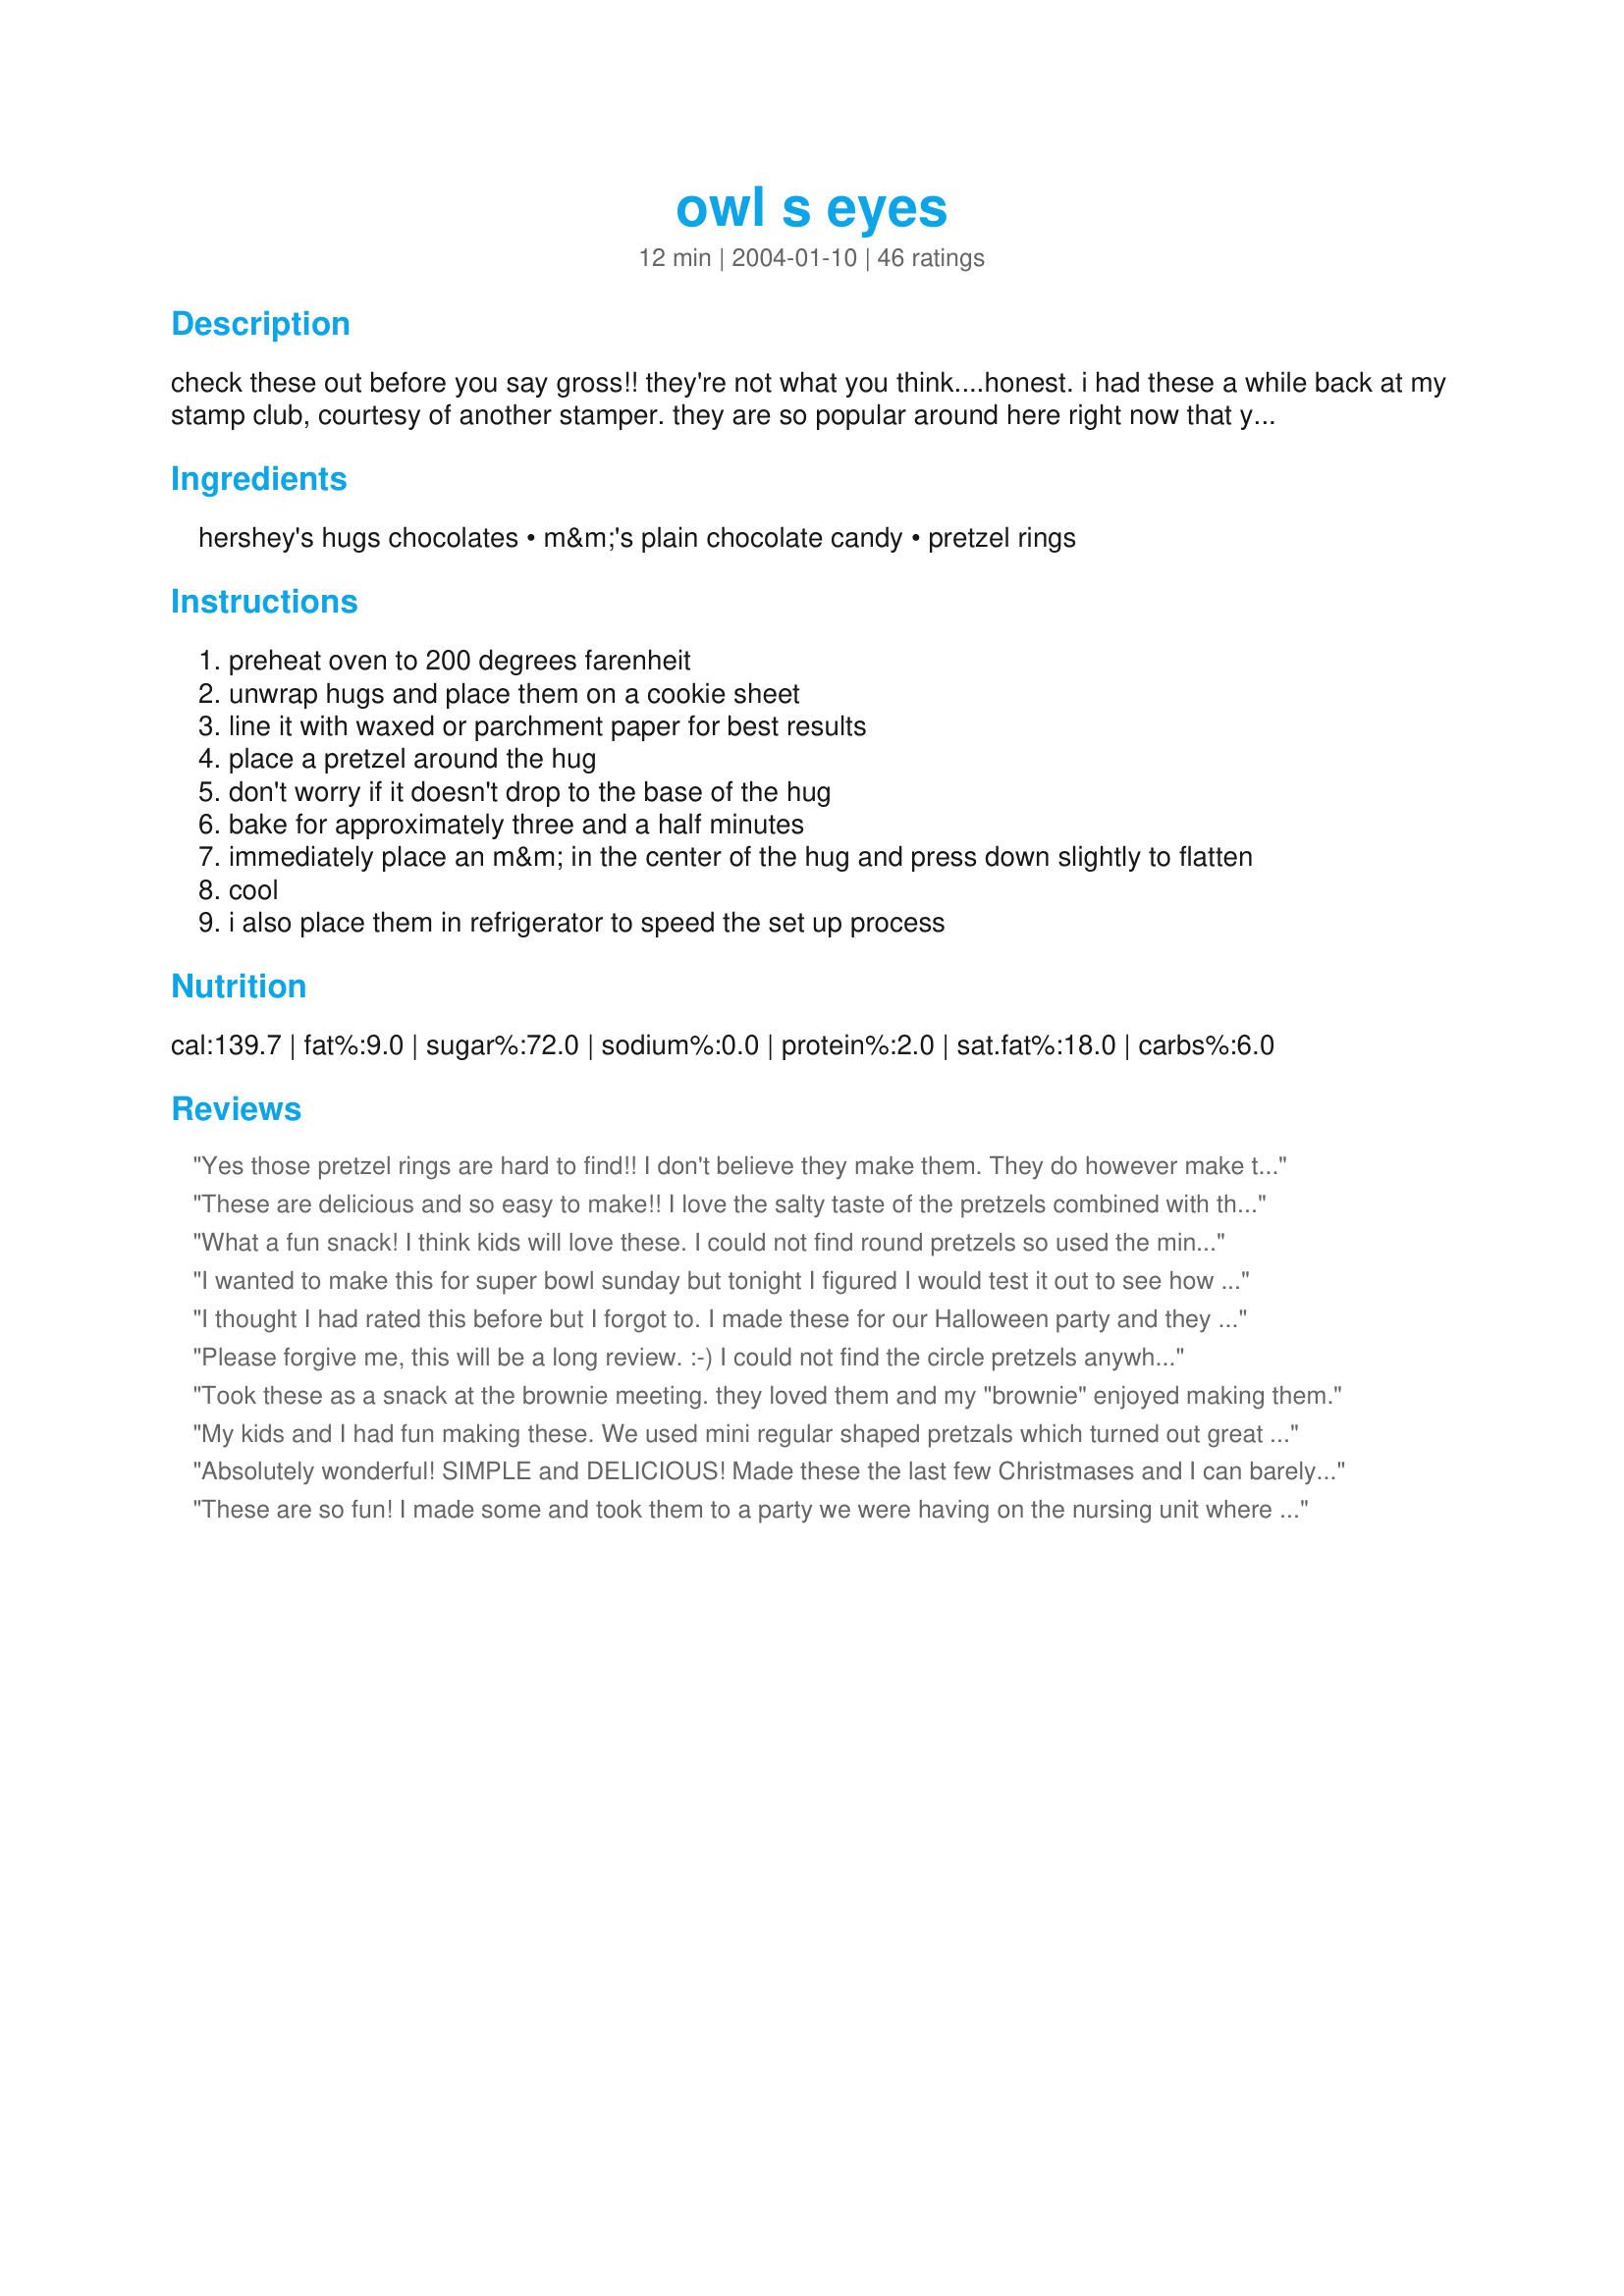
owl s eyes
Preparation time: 12 minutes

check these out before you say gross!! they're not what you think....honest. i had these a while back at my stamp club, courtesy of another stamper. they are so popular around here right now that you can't find the pretzel rings or hugs just anywhere. hope you'll try them too! they're so simple, i'm kinda ashamed to call it a recipe.........

zwt midatlantic for the chocolate

Ingredients:
hershey's hugs chocolates, m&m's plain chocolate candy, pretzel rings

Steps:
preheat oven to 200 degrees farenheit
unwrap hugs and place them on a cookie sheet
line it with waxed or parchment paper for best results
place a pretzel around the hug
don't worry if it doesn't drop to the base of the hug
bake for approximately three and a half minutes
immediately place an m&m in the center of the hug and press down slightly to flatten
cool
i also place them in refrigerator to speed the set up process

Reviews:
Yes those pretzel rings are hard to find!! I don't believe they make them. They do however make them in the traditional chex mix. I had to hand pick each ring out of the bag, but at least I have them! I will be making these for my halloween party and instead of m&m's I will be using reeces pieces!
These are delicious and so easy to make!! I love the salty taste of the pretzels combined with the sweet taste of the hugs :)
What a fun snack! I think kids will love these. I could not find round pretzels so used the minis. Since they have 3 holes, I placed 3 hugs in a triangular shape and the pretzel fit over them just right. I also made some with regular Hershey kisses. These were just great! Thanks for a wonderful idea.
I wanted to make this for super bowl sunday but tonight I figured I would test it out to see how I could make it work since I couldn't find the rings. I used the mini ones. They are so YUMMY!! Can't wait to get them ready on Sunday! Thank you so much!!
I thought I had rated this before but I forgot to. I made these for our Halloween party and they were a big hit, and we've made them ever since for a quick snack. I also had to rummage through the Chex Mix because I couldn't find round pretzel rings.
Thank you for the recipe :-) Total KEEPER!!
Please forgive me, this will be a long review. :-) 
I could not find the circle pretzels anywhere - so I got regular pretzels - which were a little too big. So, when I made the eyes, I put white chocolate chips in a circle, placed the kiss on top and then put the pretzel on top of that. When the white chocolate melted it acted like a glue and stuck the kiss and the pretzel together. After pressing the M&M on, my hubby swears that they looked like...um...a well endowed woman. 
Despite all this, the taste was fantastic. Thank you for the recipe - we all enjoyed it. :-)
Took these as a snack at the brownie meeting. they loved them and my "brownie" enjoyed making them.
My kids and I had fun making these. We used mini regular shaped pretzals which turned out great for Valentine's day. Chocolate filled hearts with red m&m's. A great treat for them and their schoolmates.
Absolutely wonderful! SIMPLE and DELICIOUS! Made these the last few Christmases and I can barely get them to their destinations . . . between the kids DH and my own hands heading for my mouth . . . these are a great little cookie. Thanks for the recipe.
These are so fun! I made some and took them to a party we were having on the nursing unit where I work. The nurses got their hands on them, took them into morning report, and they were gone before they came out of report. They are really cute, DELICIOUS, and several people asked for the recipe. Might be fun to put 3 hugs into the pretzel holes and then use a gumdrop in the bottom hole to make a more defined beak. I think I'll try this next time, although the recipe is great just as written. Thanks so much.
Great recipe! Easy to make and great for the kids to help also.
Well, after reading the ingredients I went straight to the store and bought them. I read the reviews and my favorite candy bar is the take 5 so as a few of the readers said, I used the peanut butter pretzels from Snyder. I also prefer dark chocolate so I used dark chocolate kisses and dark chocolate m&m's and these were to die for. They taste so much like take 5's. They were so easy to make and absolutely delicious. Mine, however, did not look like eyes, but I dont care, they were awesome!!! I would give it 10 stars but, well....they dont have 10
BIG BIG HIT!!! They were gone as soon as we got them out - made them for my son's 14th birthday - and the kids took the container, brought it back empty 10 minutes later. Next time i will triple it - I couldn't find the pretzel rings so i used the circle pretzels with the checker board within it - turned out great!! I refrigerated them also - Thanks so much!!!
The kids rated Definite 5 star's for the ease, the fun and taste. Big hit here at my house! Thanks LoriInIndiana
These were really easy to make. I couldn't find the round pretzels, so I bought a bag of the sweet chex mix. It was filled with round pretzels! I made them just as the recipe stated. They tasted great. I was amazed by just how simple these were for something that was so good!
YUMMMY!! I used Peanut Butter Hershey's Kisses and the mini pretzels. I also couldn't find the pretzel rings. So delicious and easy to make. I keep them refrigerated, they taste great that way!
I did these a little different, I could not find round pretzles or square pretzles so I used the small regular pretzles, and in the top two holes I put two hugs and when they were melted I placed two of the same colored M&M's, they looked like little individual owls unto themselves. I served them at our Mabon Party and they were a real hit!
This was an awsome receipe! I had to change from hugs to rosebuds but it was a big hit at work! EVERYONE thought that they where so cute! My four year old helped me put these together! Great for a kids party as well
These are so much fun to make with kids!! My son & I started making them for Christmas when he was 3 and now it's a tradition! This year we used toffee bits instead of m'n'm's for some of them, and I've also heard they're tasty with carmel kisses...
These sound delicious! I haven't had the chance to make these yet-into my cookbook it goes. Just thought I'd give a little tip to anyone that decides to make these with hershey kisses. They sell them already unwrapped in the baking section(with choc chips, etc.)
These were so cute and easy. Apparently I missed the boat on these because when I took them to our family picnic my cousins already knew all about them. They went really fast and were quick to make, which was good because I was having an 'off day' in the cooking department. Thanks for sharing.
These are delicious -- the combo of chocolate and pretzels is sooo good! I only had regular pretzels so I just used those and it worked fine.
We made these using the "square" pretzels (here they are made by Hanover Foods) & they were a hge hit!!! The salty of the pretzel combined really well with the sweet chocolate (making it THE perfect PMS food!!). We also made them using plain Kisses & Peanut M&M's and loved those, too.
These were great!The only problem I had was that I could not find round pretzels so I used ritz crackers.I put the hug on top of the cracker and heated then put the m&m on it worked great. Still looking for the round pretzel so I can try it that way as I am sure it would be a hit as well.
What a great easy recipe. Love the different ways people addapt it...
I made this exactly as the recipe dictated. As with the others, I could not find a bag of pretzel rings, but, finally realized I had an alternate source for the rings: Chex Mix. I bought a large bag and was able to get enough pretzel rings from the bag to make at least 32 servings (I could have made more, but this was all I needed). I really liked using the Hugs (which also were hard to find), they make it more owl-like in the finished product. Great recipe, in looks, ease and taste.
These are amazingly good! It's the perfect sweet & salty snack! I had to use mini regular-shaped pretzels (I just set the kiss on top) and they turned out wonderful! I also hardened them in the freezer because I couldn't get my hands on them fast enough!
I guess I must have done this wrong, they just never looked like eyes to me. Tasted goo tho.
I made these for a halloween party and they were a big hit. I used regular sized pretzels upside down (so that the two big loops were at the bottom). I choose reese's pieces instead of M&M's for more authentic owl colours (yellow, orange, and brown).
These were so cute! And, I suppose they were good, too, because I didn't even get a taste LOL
Will make again, though, when I'm home alone so I can have one!
Thanks for sharing!
I took these to a potluck party that had lots of kids and the kids couldn't get enough of them. They were gone in a flash! I could only find square pretzels and i put the hug on top before "baking". Then I pushed in the M&M's. The kids helped with that part and had a lot of fun. I also made some using regular chocolate kisses, only you have to bake them longer to get the chocolate to melt.
WOW! THese were one of the hits from our Halloween party....a hit especially with the moms and dads! I used the Hugs and M&Ms..however..I couldnt find circle shaped pretzels and I used the suggestion of Peanut Butter PRetzel sandwiches by Snyders. Honestly..I think this makes them taste even better. I will use these for Christmas this year as oppossed to regular pretzels! Did I mention how cute they looked! They were neat!
We tried this thee times and couldn't get them to work at all. It might have been that we live in Southern Mexico and the humidity was to high, or something. But what happened was that the kisses didn't melt at all. We tried various temp. settings, which only resulted in them burning.
Addictive is the word to describe these. They are like potato chips - bet you can't eat just one! So simple to prepare (my 3 yo DS helped and he had a ball!). I used regular Kisses instead of the Hugs. I put these in the refrigerator for quick setting. I will be making these as a snack for Thanksgiving weekend. Thanks for a fun recipe!
I could not find round pretzels so I used regular pretzels and put the kisses in the top two holes. I used two different kisses, I uses hugs that were white and regular chocolate and I used the new kisses with peanut butter in them. The hug softened better than the peanut butter ones, but both worked. Also I was going to use recess pieses, but could only find the ones with peanuts in them at the store, so I used those. I don't think mine looked like owls eyes, but they still tasted good. Thanks for the recipe.
These are so quick and easy! I couldn't find round pretzels so I used the snaps. It worked out perfectly! Hershey makes a white chocolate kiss with crushed candy cane in it. I topped them off with green M&M's. They turned out very festive and minty good! I made a few with regular kisses which take a bit longer in the oven to melt down, but are equally yummy.
I actually changed every single ingredient, but 5 stars for the idea anyway. Delicious. I used Reese's pieces instead of M&M's, dark chocolate kisses instead of hugs just because they sounded better to me at the time, and I couldn't find round pretzels so I used peanuts butter pretzel sandwiches by Snyder's of Hanover (basically two little round pretzels with the checker board pattern within the circle, stuck together with a little bit of peanut butter). Worked great except when I went to put them in the fridge, I tipped the tray a little and they kind of melted into each other and otherwise got a little deformed when they slid across, so maybe I needed to let them cool a little more before putting them in the fridge or didn't need to let the chocolate melt so long. But I can still see where the name came from, especially if I had used the hugs (white chocolate = whites of the eyes). With the changes, mine came out tasting almost exactly like a HERSHEY'S Take 5 candy bar which I think actually made me happier than they would have without the peanut butter. Thanks a bunch!
Excellent and oh, so easy. I used hershey's kisses and almond m&m's. Yummy!
We laughed the whole time we were making these. Man, are they good! This is now a staple in Aunt Rebecca's kitchen! This kids will expect to make them every time they visit since they loved them and they were a blast to make. Thanks!
We also couldn't find round pretzel rings and used regual small pretzels and put the hershey kiss in the upper 2 spots. The folks knew exactly whooose eyes these were. Next time might add a choc in the lower pretzel spot and attach a beak of some sort - 3 dimensional look.
I was not able to find the pretzel rings, but i did find some pretzels that were in a tear-drop shape, which worked very well. They didn't necessarily look like owl eyes, but they did look like eyes and they tasted great!
I just made a batch of these using Candy Cane Hugs and green M&M's. Too cute! I'll definitely be making a bunch of these for our Christmas Party.

I will also submitting a picture of these too once they are cooler.
We make these at Christmas with the candy cane flavored kisses, red and green M&Ms, and the square "snap" pretzels. The mint, chocolate, and salty pretzel are a great combination. Thanks for posting!
Those pretzel rings are hard to fine!! We used mini regular pretzels. Placed the hug on top and continued the same. My husband made them the night before the party and we just let them cool over night. It was hard not to try them. I will admit I tried one about an hour after they were made, it was still gooey. still good then, but too messy.
After the party, all we had to clean up was the serving tray.
Mmmm...These are so good! I couldn't keep my hands out of them. I had to ask my friends to put them on the opposite side of the table from me so that I did not eat them all! I was unable to find the round pretzels, so I used mini regular shaped pretzels. I just put the hug on top of the pretzel and put them in the oven for 2 minutes-they were plenty melted. My husband and I quickly put the m&ms on top, and I put them in the freezer to solidify. I don't think they looked much like eyes, maybe because I had to use the wrong shape of pretzels, but they sure looked and tasted good.
Oh My! What a yummy treat! I used the Snyder's Peanut Butter sandwich pretzels and Reese's Pieces as other posters suggested. I probably should have melted them a few minutes longer as they don't really look like Owl's Eyes, but who cares...they are delicious!!
